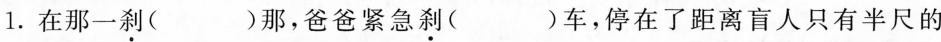
1.在那一\underset{·}{刹}( )那，爸爸紧急刹( )车，停在了距离盲人只有半尺的